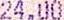
24.00